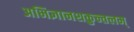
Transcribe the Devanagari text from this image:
अभिज्ञानशकुन्तलम्